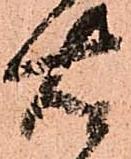
右